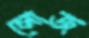
লোজ